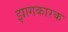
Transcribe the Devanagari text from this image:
झागकारक